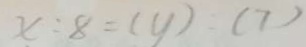
x : 8 = ( y ) : ( 7 )